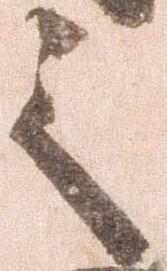
之